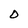
Character: O